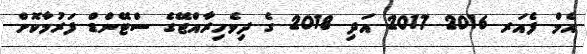
އެމް ފެއަރ 2016 2017 އަދި 2018 ގެ ދިވެހިރާއްޖޭގެ ސްޓޭންޑް ފަރުމާކޮށް